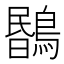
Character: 𪃯